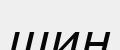
шиң